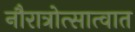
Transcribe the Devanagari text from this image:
नौरात्रोत्सात्वात